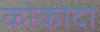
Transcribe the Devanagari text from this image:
कोकोदा